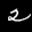
Label: 2